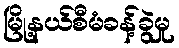
မြို့နယ်စီမံခန့်ခွဲမှု